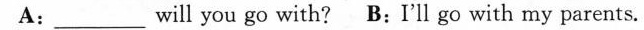
A:___will you go with? B:I’ll go with my parents.